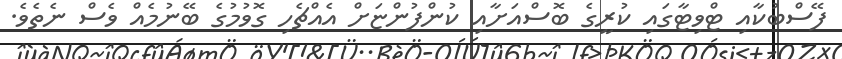
ފޭސްބުކާއި ޓްވިޓާގައި ކުރީގެ ބޮސްއަށާއި ކުންފުންޏަށް އެއްޗެހި ގޮވުމުގެ ބޭނުމެއް ވެސް ނެތެވެ.